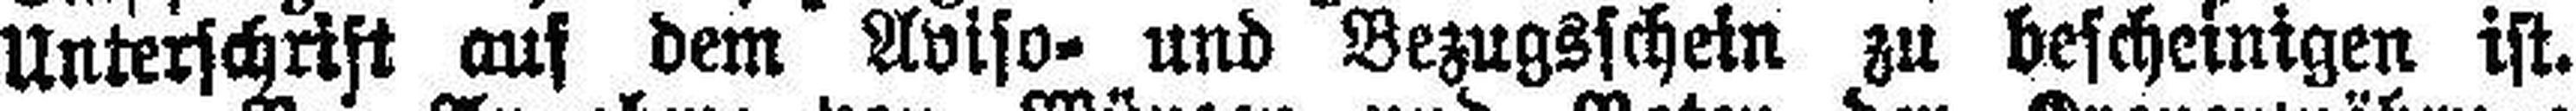
Unterschrift auf dem Aviso= und Bezugsschein zu bescheinigen ist.